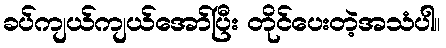
ခပ်ကျယ်ကျယ်အော်ပြီး တိုင်ပေးတဲ့အသံပါ။